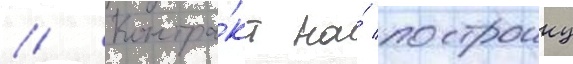
// Контра́кт на́ построику